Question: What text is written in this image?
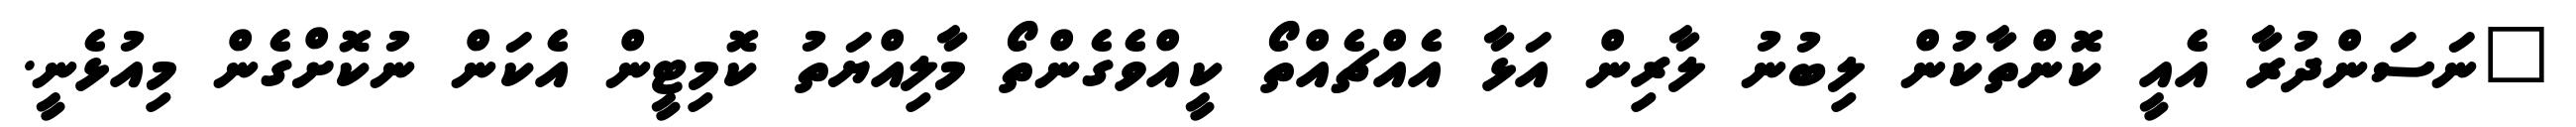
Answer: "ނަސަންދުރާ އެއީ ކޮންތާކުން ލިބުނު ލާރިން އަޅާ އެއްޗެއްތޯ ކީއްވެގެންތޯ މާލިއްޔަތު ކޮމިޓީން އެކަން ނުކޮށްގެން މިއުޅެނީ.